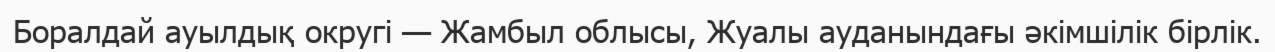
Боралдай ауылдық округі — Жамбыл облысы, Жуалы ауданындағы әкімшілік бірлік.